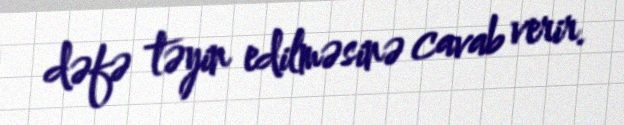
dəfə təyin edilməsinə cavab verir.